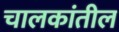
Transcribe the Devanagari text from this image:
चालकांतील